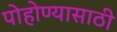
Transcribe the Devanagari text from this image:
पोहोण्यासाठी